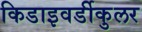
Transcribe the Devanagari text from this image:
किडाइवर्डीकुलर